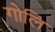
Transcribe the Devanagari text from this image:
गोलि